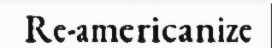
Re-americanize